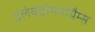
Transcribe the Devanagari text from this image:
इलेक्ट्रोमयोग्रैम्स